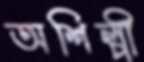
অশিল্পী